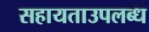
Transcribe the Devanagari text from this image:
सहायताउपलब्ध